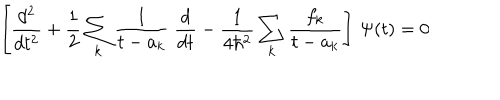
\left[ { \frac { d ^ { 2 } } { d t ^ { 2 } } } + { \frac { 1 } { 2 } } \sum _ { k } { \frac { 1 } { t - a _ { k } } } \; { \frac { d } { d t } } - { \frac { 1 } { 4 \hbar ^ { 2 } } } \sum _ { k } { \frac { f _ { k } } { t - a _ { k } } } \right] \, \Psi ( t ) = 0